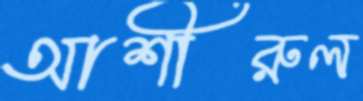
আশীরুল